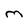
Character: m